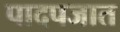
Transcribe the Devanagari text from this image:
पादपजात